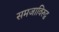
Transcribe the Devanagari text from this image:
समजाविरुद्ध